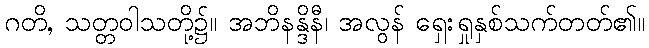
ဂတိ, သတ္တဝါသတို့၌။ အဘိနန္ဒိနီ၊ အလွန် ရှေးရှုနှစ်သက်တတ်၏။